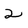
Character: 2